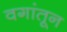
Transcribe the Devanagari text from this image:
वगांतून